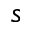
s